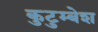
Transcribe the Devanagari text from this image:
कुटुम्बेश